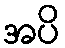
အပိ